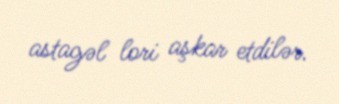
astagəl lori aşkar etdilər.